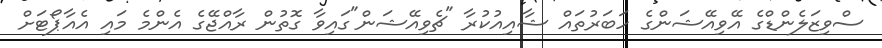
ސްވިޒަލެންޑްގެ އޭވިއޭޝަންގެ ހަބަރުތައް ޝާއިއުކުރާ "ޗެވިއޭޝަން"ގައިވާ ގޮތުން ރާއްޖޭގެ އެންމެ މައި އެއާޕޯޓަށް